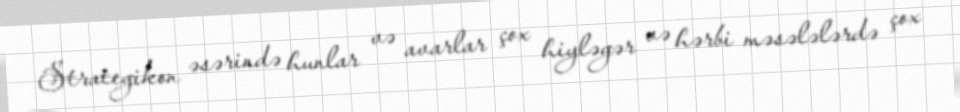
Strategikon əsərində hunlar və avarlar çox hiyləgər və hərbi məsələlərdə çox